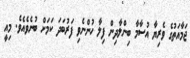
ޖަމާއަތުގެ ވެރިޔާ އުސާމާ ބިންލާދިން ފިލާ ހުންނެވި ފަރުބަދަ ކަމަށް ބުނެވެއެވެ. މިއީ